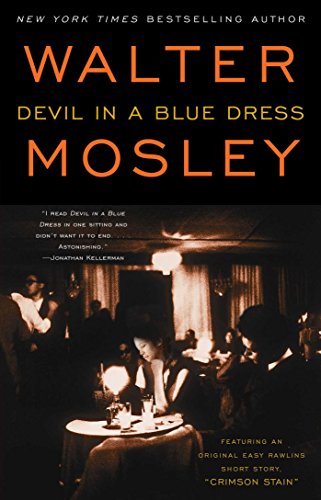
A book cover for Devil in a Blue Dress (Easy Rawlins Mysteries); Walter Mosley; Mystery, Thriller & Suspense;